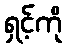
ရှင့်ကို